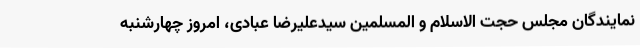
نمایندگان مجلس حجت الاسلام و المسلمین سیدعلیرضا عبادی، امروز چهارشنبه